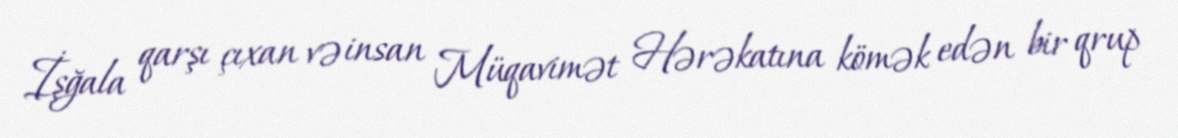
İşğala qarşı çıxan və insan Müqavimət Hərəkatına kömək edən bir qrup